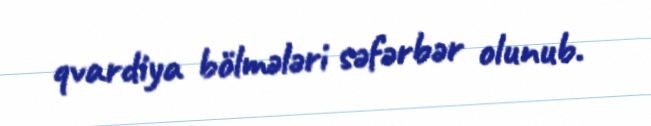
qvardiya bölmələri səfərbər olunub.